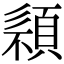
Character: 𩓄